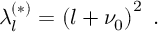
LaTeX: \lambda _ { l } ^ { ( \ast ) } = \left( l + \nu _ { 0 } \right) ^ { 2 } \; .